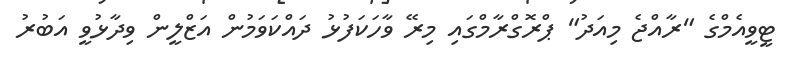
ޓީވީއެމްގެ "ރާއްޖެ މިއަދު" ޕްރޮގްރާމްގައި މިރޭ ވާހަކަފުޅު ދައްކަވަމުން އަޒްލީން ވިދާޅުވީ އަބުރު